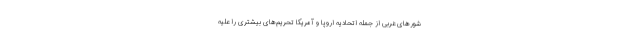
شورهای غربی از جمله اتحادیه اروپا و آمریکا تحریم‌های بیشتری را علیه